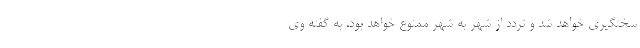
سختگیری خواهد شد و تردد از شهر به شهر ممنوع خواهد بود. به گفته وی